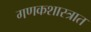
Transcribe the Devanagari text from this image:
गणकशास्त्रात